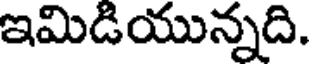
ఇమిడియున్నది.